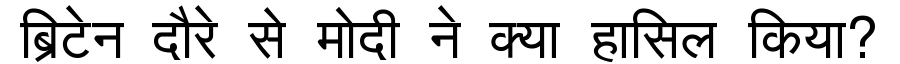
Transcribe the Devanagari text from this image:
ब्रिटेन दौरे से मोदी ने क्या हासिल किया?